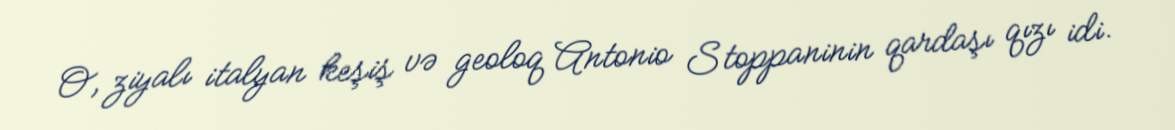
O, ziyalı italyan keşiş və geoloq Antonio Stoppaninin qardaşı qızı idi.